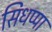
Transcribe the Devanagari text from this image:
सिधप्पा